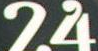
24